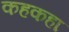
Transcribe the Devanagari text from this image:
कहकहा